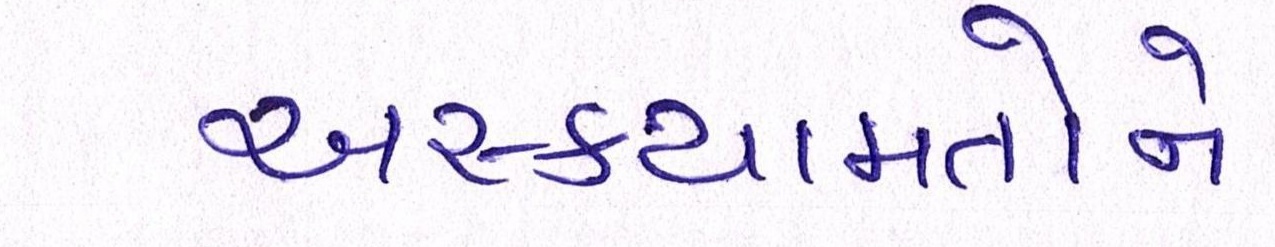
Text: અસ્કયામતોને